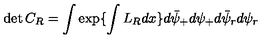
\det { C } _ { R } = \int \exp \{ \int L _ { R } d x \} d \bar { \psi } _ { + } d \psi _ { + } d \bar { \psi } _ { r } d \psi _ { r }